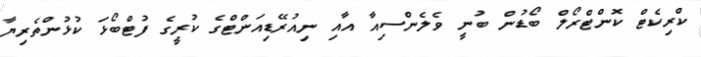
ކްރިކެޓް ކޮންޓްރޯލް ބޯޑުން ބުނީ ވެލެންސިއާ އާއި ނިއުރޭޑިއަންޓްގެ ކުރީގެ ފުޓްބޯޅަ ކުޅުންތެރިޔާ